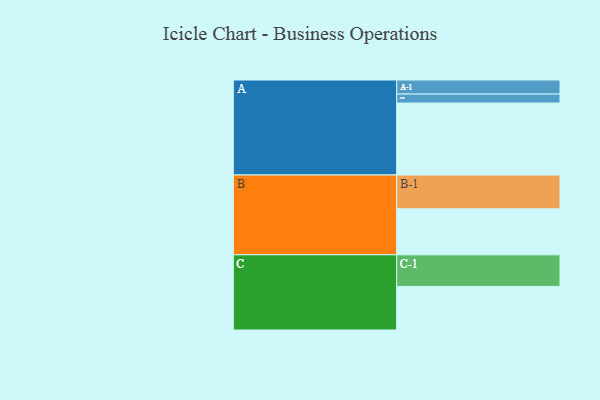
{"axis": {"x": "Segment", "y": "Value"}, "legend": ["", "A", "B", "C"], "data": [{"x": "A", "y": 563, "type": ""}, {"x": "B", "y": 360, "type": ""}, {"x": "C", "y": 341, "type": ""}, {"x": "A-1", "y": 110, "type": "A"}, {"x": "A-2", "y": 70, "type": "A"}, {"x": "B-1", "y": 264, "type": "B"}, {"x": "C-1", "y": 247, "type": "C"}]}